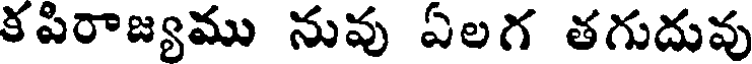
కపిరాజ్యము నువు ఏలగ తగుదువు